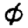
Digit: 0